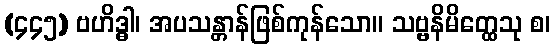
(၄၄၅) ဗဟိဒ္ဓါ၊ အပသန္တာန်ဖြစ်ကုန်သော။ သဗ္ဗနိမိတ္ထေသု စ၊